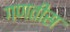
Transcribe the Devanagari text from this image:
गणतीस